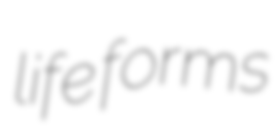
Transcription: life forms